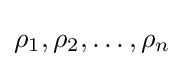
\rho _{1},\rho _{2},\dots ,\rho _{n}